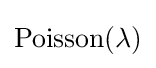
\operatorname {Poisson} (\lambda )